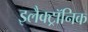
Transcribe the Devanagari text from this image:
इलैक्‍ट्रॉनिक